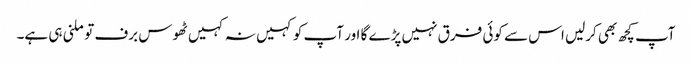
آپ کچھ بھی کرلیں اس سے کوئی فرق نہیں پڑے گا اور آپ کو کہیں نہ کہیں ٹھوس برف تو ملنی ہی ہے۔